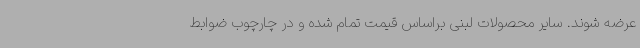
عرضه شوند. سایر محصولات لبنی براساس قیمت تمام شده و در چارچوب ضوابط